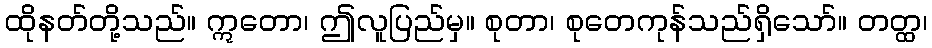
ထိုနတ်တို့သည်။ ဣတော၊ ဤလူပြည်မှ။ စုတာ၊ စုတေကုန်သည်ရှိသော်။ တတ္ထ၊